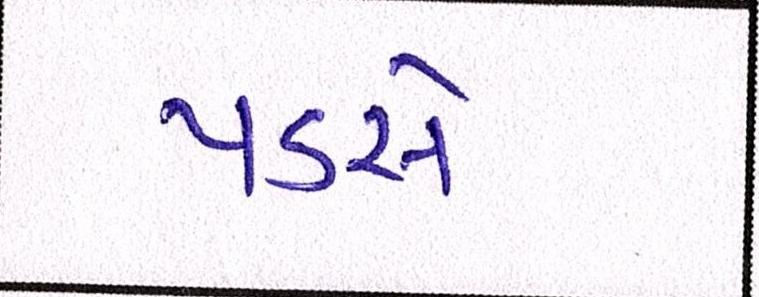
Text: પડસે